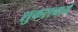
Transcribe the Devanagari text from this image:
शुकराचार्य